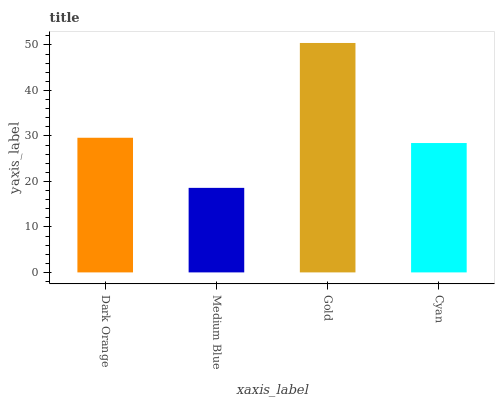
| xaxis_label | bars |
 | --- | --- |
 | Dark Orange | 29.6 |
 | Medium Blue | 18.6 |
 | Gold | 50.4 |
 | Cyan | 28.4 |